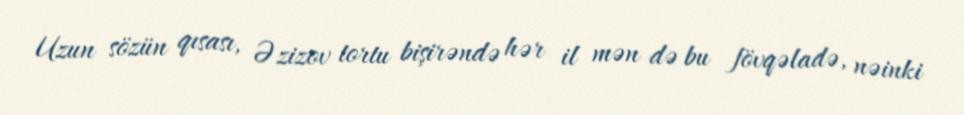
Uzun sözün qısası, Əzizov tortu bişirəndə hər il mən də bu fövqəladə, nəinki